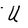
Character: U